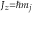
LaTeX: \scriptstyle J _ { z } = \hbar m _ { j }